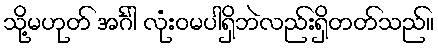
သို့မဟုတ် အင်္ဂါ လုံးဝမပါရှိဘဲလည်းရှိတတ်သည်။